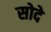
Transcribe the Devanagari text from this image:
सोदे